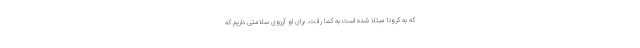
که به کرونا مبتلا شده است به کما رفت. برای او آرزوی سلامتی داریم که